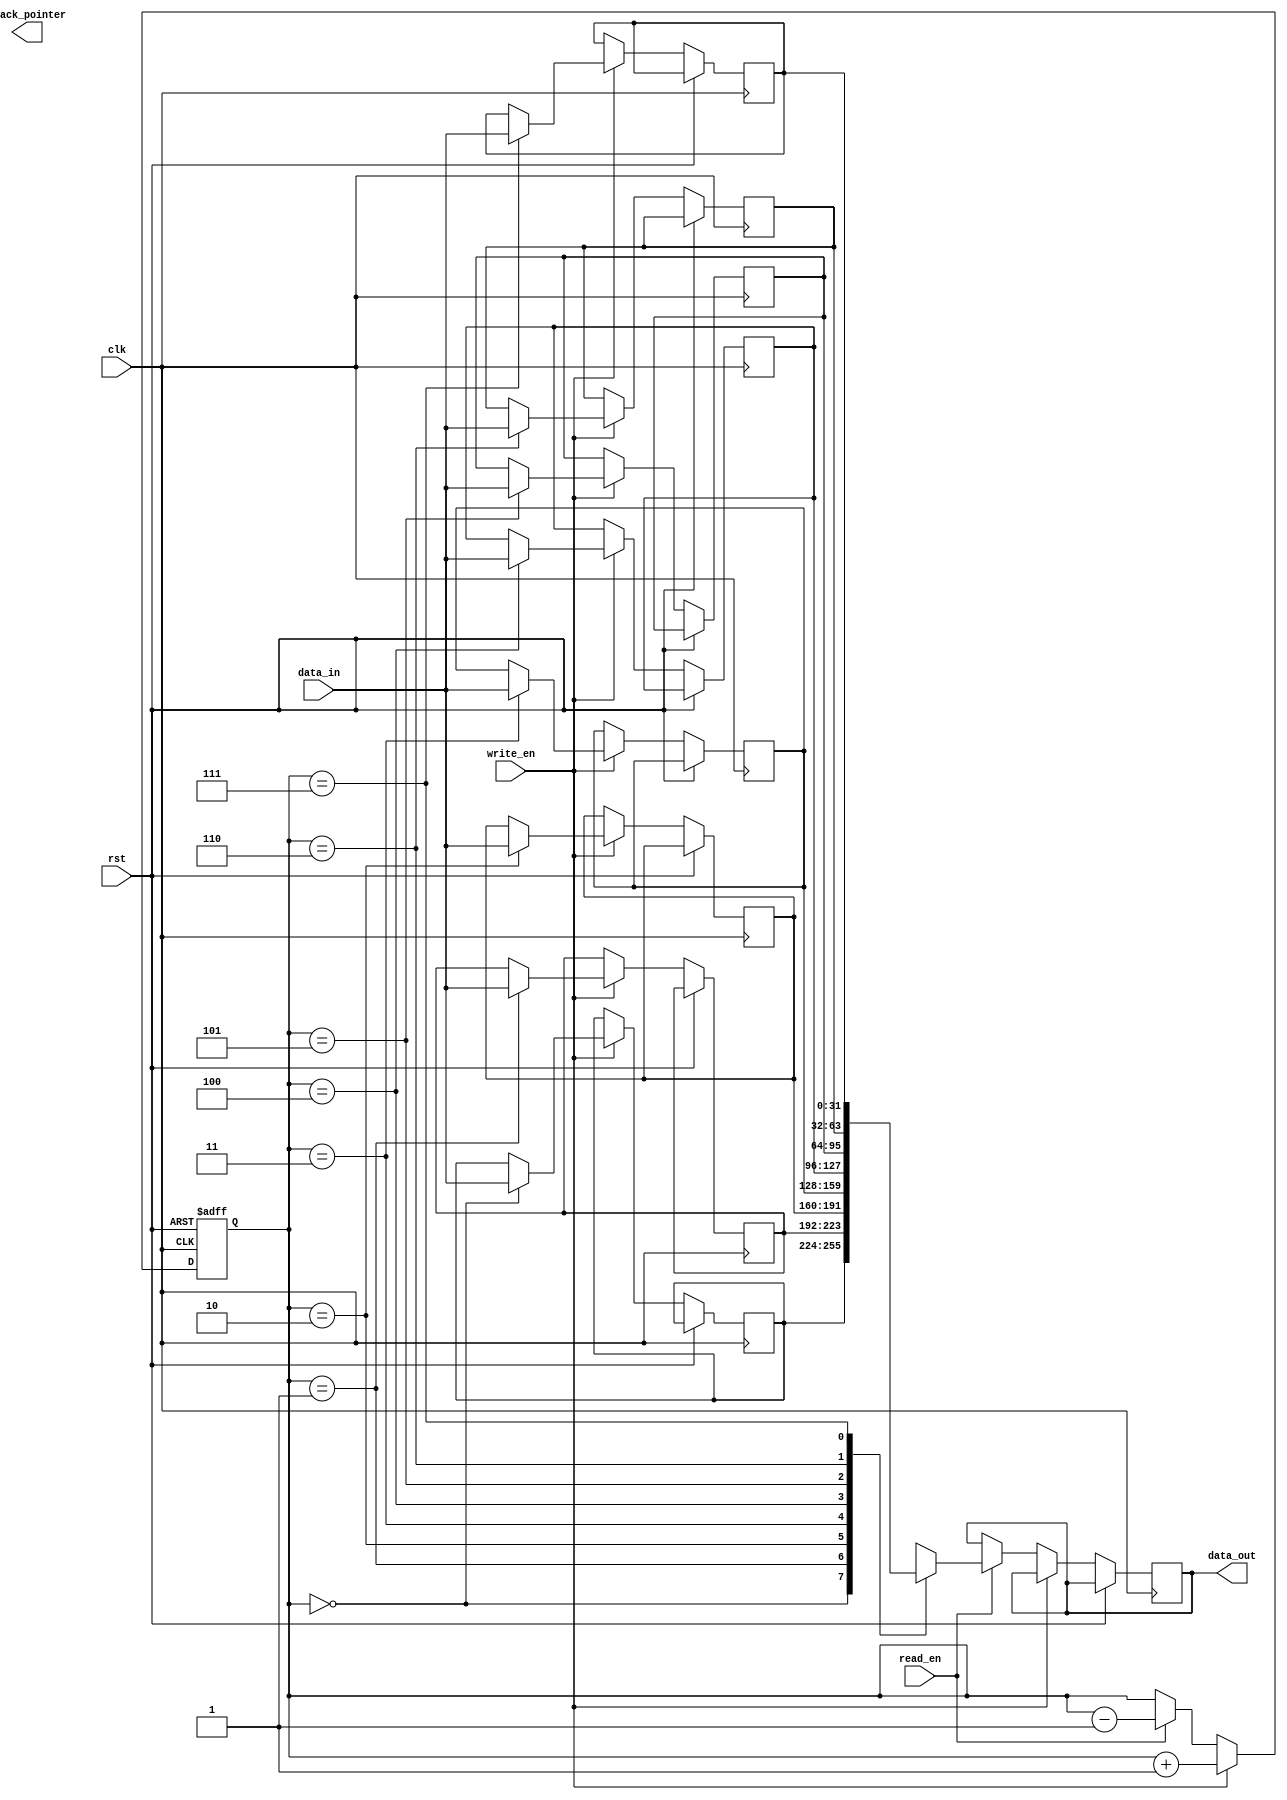
module MemoryBlocksStack_RF (
  input wire clk,
  input wire rst,
  input wire [31:0] data_in,
  input wire write_en,
  input wire read_en,
  output reg [31:0] data_out,
  output reg [31:0] stack_pointer
);

reg [31:0] mem_block [0:7]; // Multiple memory blocks
reg [2:0] stack_ptr; // Stack pointer

always @ (posedge clk or posedge rst)
begin
  if (rst)
    stack_ptr <= 0;
  else if (write_en)
  begin
    mem_block[stack_ptr] <= data_in;
    stack_ptr <= stack_ptr + 1;
  end
  else if (read_en)
  begin
    data_out <= mem_block[stack_ptr];
    stack_ptr <= stack_ptr - 1;
  end
end

endmodule